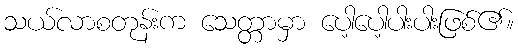
သယ်လာစတုန်းက သေတ္တာမှာ ပေါ့ပေါ့ပါးပါးဖြစ်၏။